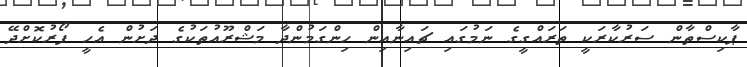
ޕާކިސްތާން ސަރުކާރަކީ ތަރައްގީގެ ނަމުގައި ޗައިނާއިން ހިންގަމުންދާ މަޝްރޫއުތަކުގެ ދަށުން އެހީ ފޯރުކޮށްދޭ